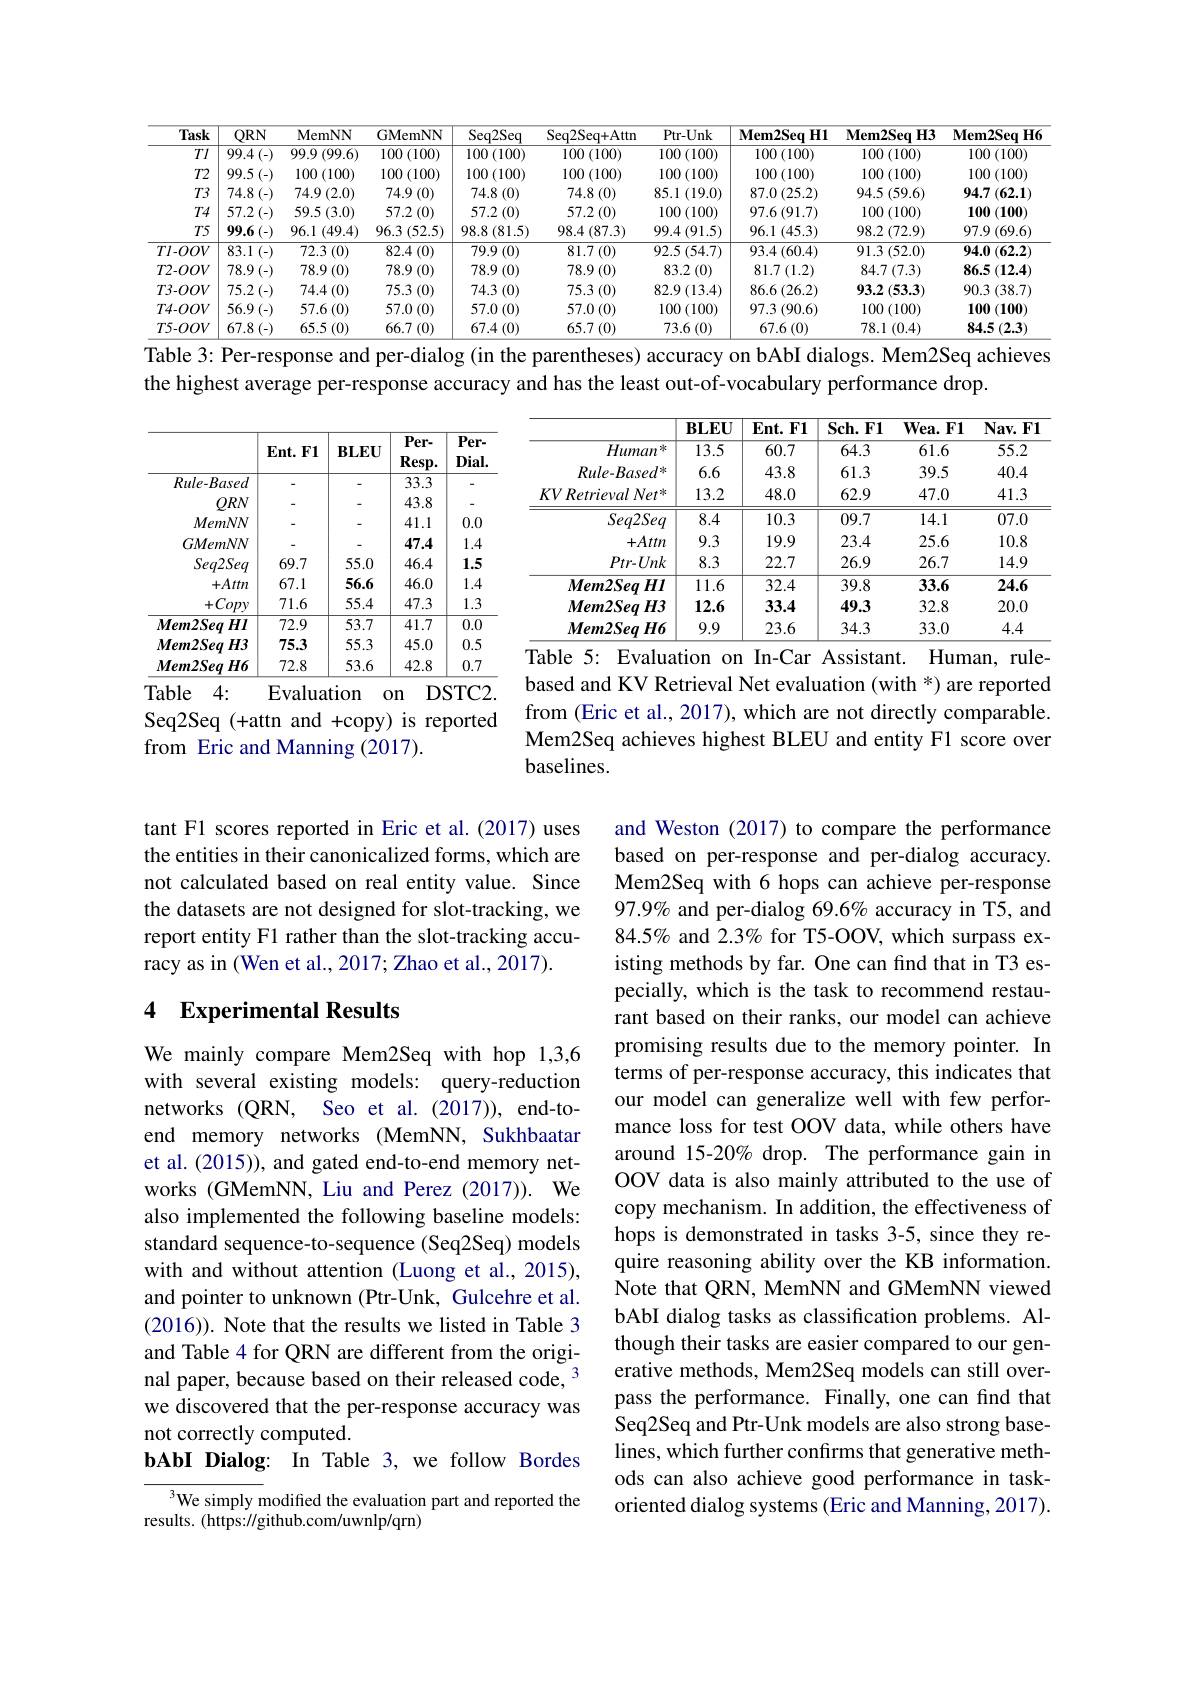
<table>
	<tbody>
		<tr>
			<th>Task</th>
			<th>$ORN$</th>
			<th>$\mathbf{MemNN}$</th>
			<th>GMemNN</th>
			<th>Seq2Seq</th>
			<th>Seq2Seq+ Attn</th>
			<th>Ptr- Unk</th>
			<th>$\mathbf{Mem2Seq}$ $H1$</th>
			<th>$\mathbf{Mem2Seq}$ $H3$</th>
			<th>$\mathbf{Mem2Seq}$ $H6$</th>
		</tr>
		<tr>
			<td>$TI$</td>
			<td>99.4(-)</td>
			<td>99.9 (99.6)</td>
			<td>$100\left(100\right)$</td>
			<td>$100\left(100\right)$</td>
			<td>$100\left(100\right)$</td>
			<td>$100\left(100\right)$</td>
			<td>$100\left(100\right)$</td>
			<td>$100\left(100\right)$</td>
			<td>$100\left(100\right)$</td>
		</tr>
		<tr>
			<td>$T2$</td>
			<td>99.5</td>
			<td>100 1(100)</td>
			<td>$100\left(100\right)$</td>
			<td>100 1(100)</td>
			<td>$100\left(100\right)$</td>
			<td>$100\left(100\right)$</td>
			<td>$100\left(100\right)$</td>
			<td>$100\left(100\right)$</td>
			<td>$100\left(100\right)$ 1</td>
		</tr>
		<tr>
			<td>$T3$</td>
			<td>74.8</td>
			<td>$74.9\left(2.0\right)$</td>
			<td>74.9 (0)</td>
			<td>74.8 (0)</td>
			<td>74.8 (0)</td>
			<td>85.1(19.0)</td>
			<td>$87.0\left(25.2\right)$</td>
			<td>$94.5\left(59.6\right)$</td>
			<td>$94.7\left(62.1\right)$</td>
		</tr>
		<tr>
			<td>$T4$</td>
			<td>57.2</td>
			<td>$59.5\left(3.0\right)$</td>
			<td>57.2 (0)</td>
			<td>57.2 (0)</td>
			<td>$57.2\left(0\right)$</td>
			<td>$100\left(100\right)$</td>
			<td>$97.6\left(91.7\right)$</td>
			<td>$100\left(100\right)$</td>
			<td>100(100) 1</td>
		</tr>
		<tr>
			<td>$T5$</td>
			<td>99.6(-)</td>
			<td>96.1(49.4)</td>
			<td>96.3 (52.5)</td>
			<td>$98.8\left(81.5\right)$</td>
			<td>$98.4\left(87.3\right)$</td>
			<td>$99.4\left(91.5\right)$</td>
			<td>96.1 (45.3)</td>
			<td>$98.2\left(72.9\right)$</td>
			<td>$97.9\left(69.6\right)$</td>
		</tr>
		<tr>
			<td>$Tl-OOV$</td>
			<td>83.1</td>
			<td>72.3 (0)</td>
			<td>82.4 (0)</td>
			<td>$79.9\left(0\right)$</td>
			<td>$81.7\left(0\right)$</td>
			<td>$92.5\left(54.7\right)$</td>
			<td>$93.4\left(60.4\right)$</td>
			<td>91.3 (52.0)</td>
			<td>94.0 (62.2)</td>
		</tr>
		<tr>
			<td>$T2-OOV$</td>
			<td>78.9(-)</td>
			<td>$78.9\left(0\right)$</td>
			<td>$78.9\left(0\right)$</td>
			<td>$78.9\left(0\right)$</td>
			<td>$78.9\left(0\right)$</td>
			<td>$83.2\left(0\right)$</td>
			<td>$81.7\left(1.2\right)$</td>
			<td>$84.7\left(7.3\right)$</td>
			<td>$86.5\left(12.4\right)$</td>
		</tr>
		<tr>
			<td>$T3-OOV$</td>
			<td>75.2</td>
			<td>$74.4\left(0\right)$</td>
			<td>75.3 (0)</td>
			<td>74.3 (0)</td>
			<td>75.3 (0)</td>
			<td>$82.9\left(13.4\right)$</td>
			<td>$86.6\left(26.2\right)$</td>
			<td>$93.2\left(53.3\right)$</td>
			<td>90.3 (38.7)</td>
		</tr>
		<tr>
			<td>$T4-OOV$</td>
			<td>56.9</td>
			<td>57.6 (0) 1</td>
			<td>57.0 (0)</td>
			<td>$57.0\left(0\right)$</td>
			<td>$57.0\left(0\right)$</td>
			<td>$100\left(100\right)$</td>
			<td>97.3 (90.6)</td>
			<td>$100\left(100\right)$</td>
			<td>100(100) 1</td>
		</tr>
		<tr>
			<td>$T5-OOV$</td>
			<td>67.8</td>
			<td>65.5 ( (0)</td>
			<td>66.7 (0)</td>
			<td>$67.4\left(0\right)$</td>
			<td>$65.7\left(0\right)$</td>
			<td>73.6 (0)</td>
			<td>67.6 (0)</td>
			<td>78.1 (0.4)</td>
			<td>$84.5\left(2.3\right)$</td>
		</tr>
	</tbody>
</table>
Table 3: Per-response and per-dialog (in the parentheses) accuracy on bAbI dialogs. Mem2Seq achieves

the highest average per-response accuracy and has the least out-of-vocabulary performance drop.

<table>
	<tbody>
		<tr>
			<th> </th>
			<th>$\mathbf{BLEU}$</th>
			<th>$\mathbf{Ent.F1}$</th>
			<th>$\mathbf{Sch.F1}$</th>
			<th>$\mathbf{Wea.F1}$</th>
			<th>$\mathbf{Nav.FI}$</th>
		</tr>
		<tr>
			<td>$Human^{*}$</td>
			<td>13.5</td>
			<td>60.7</td>
			<td>64.3</td>
			<td>61.6</td>
			<td>55.2</td>
		</tr>
		<tr>
			<td>$Rule-Based^{*}$</td>
			<td>6.6</td>
			<td>43.8</td>
			<td>61.3</td>
			<td>39.5</td>
			<td>40.4</td>
		</tr>
		<tr>
			<td>$KVRetrievalNet^{*}$</td>
			<td>13.2</td>
			<td>48.0</td>
			<td>62.9</td>
			<td>47.0</td>
			<td>41.3</td>
		</tr>
		<tr>
			<td>$Seq2Seq$</td>
			<td>8.4</td>
			<td>10.3</td>
			<td>09.7</td>
			<td>14.1</td>
			<td>07.0</td>
		</tr>
		<tr>
			<td>$+Attn$</td>
			<td>9.3</td>
			<td>19.9</td>
			<td>23.4</td>
			<td>25.6</td>
			<td>10.8</td>
		</tr>
		<tr>
			<td>$Ptr-Unk$</td>
			<td>8.3</td>
			<td>22.7</td>
			<td>26.9</td>
			<td>26.7</td>
			<td>14.9</td>
		</tr>
		<tr>
			<td>$Mem2SeqHI$</td>
			<td>11.6</td>
			<td>32.4</td>
			<td>39.8</td>
			<td>33.6</td>
			<td>24.6</td>
		</tr>
		<tr>
			<td>$Mem2Seq$ $IH3$ 1</td>
			<td>12.6</td>
			<td>33.4</td>
			<td>49.3</td>
			<td>32.8</td>
			<td>20.0</td>
		</tr>
		<tr>
			<td>$Mem2Seq$ $qH6$</td>
			<td>9.9</td>
			<td>23.6</td>
			<td>34.3</td>
			<td>33.0</td>
			<td>4.4</td>
		</tr>
	</tbody>
</table>
Table 5: Evaluation on In-Car Assistant
Human, rule-

<table>
	<tbody>
		<tr>
			<th> </th>
			<th>$\mathbf{Ent.F1}$</th>
			<th>$\mathbf{BLEU}$</th>
			<th>$Per.$ $Resp.$</th>
			<th>$Per-$ Dial</th>
		</tr>
		<tr>
			<td>$Rule-Based$</td>
			<td> </td>
			<td> </td>
			<td>33.3</td>
			<td>-</td>
		</tr>
		<tr>
			<td>$QRN$</td>
			<td> </td>
			<td>-</td>
			<td>43.8</td>
			<td>-</td>
		</tr>
		<tr>
			<td>MemNN</td>
			<td> </td>
			<td>-</td>
			<td>41.1</td>
			<td>0.0</td>
		</tr>
		<tr>
			<td>GMemNN</td>
			<td> </td>
			<td> </td>
			<td>47.4</td>
			<td>1.4</td>
		</tr>
		<tr>
			<td>$Seq2Seq$</td>
			<td>69.7</td>
			<td>55.0</td>
			<td>46.4</td>
			<td>1.5</td>
		</tr>
		<tr>
			<td>$+Attn$</td>
			<td>67.1</td>
			<td>56.6</td>
			<td>46.0</td>
			<td>1.4</td>
		</tr>
		<tr>
			<td>$+Copy$</td>
			<td>71.6</td>
			<td>55.4</td>
			<td>47.3</td>
			<td>1.3</td>
		</tr>
		<tr>
			<td>$Mem2Seq$ $HI$ T</td>
			<td>72.9</td>
			<td>53.7</td>
			<td>41.7</td>
			<td>0.0</td>
		</tr>
		<tr>
			<td>$Mem2Seq$ $H3$</td>
			<td>75.3</td>
			<td>55.3</td>
			<td>45.0</td>
			<td>0.5</td>
		</tr>
		<tr>
			<td>$Mem2Seq$ $H6$</td>
			<td>72.8</td>
			<td>53.6</td>
			<td>42.8</td>
			<td>0.7</td>
		</tr>
	</tbody>
</table>
Table 4:
Evaluation on DSTC2.

based and KV Retrieval Net evaluation (with *) are reported from (Eric et al., 2017), which are not directly comparable. Mem2Seq achieves highest BLEU and entity F1 score over baselines.

Seq2Seq (+attn and +copy) is reported
from Eric and Manning (2017).

tant F1 scores reported in Eric et al.(2017) uses the entities in their canonicalized forms, which are not calculated based on real entity value. Since the datasets are not designed for slot-tracking, we report entity F1 rather than the slot-tracking accuracy as in (Wen et al., 2017; Zhao et al., 2017).

### 4 Experimental Results

and Weston (2017) to compare the performance based on per-response and per-dialog accuracy. Mem2Seq with 6 hops can achieve per-response 97.9% and per-dialog 69.6% accuracy in T5, and $84.5\%$ and 2.3% for T5-OOV, which surpass existing methods by far. One can find that in T3 especially, which is the task to recommend restaurant based on their ranks, our model can achieve promising results due to the memory pointer. In terms of per-response accuracy, this indicates that our model can generalize well with few performance loss for test OOV data, while others have around 15-20% drop. The performance gain in OOV data is also mainly attributed to the use of copy mechanism. In addition, the effectiveness of hops is demonstrated in tasks 3-5, since they require reasoning ability over the KB information. Note that QRN, MemNN and GMemNN viewed bAbI dialog tasks as classification problems. Although their tasks are easier compared to our generative methods, Mem2Seq models can still overpass the performance. Finally, one can find that Seq2Seq and Ptr-Unk models are also strong baselines, which further confirms that generative methods can also achieve good performance in taskoriented dialog systems (Eric and Manning, 2017).

We mainly compare Mem2Seq with hop 1,3,6 with several existing models: query-reduction networks (QRN, Seo et al. (2017)), end-toend memory networks (MemNN, Sukhbaatar et al. (2015)), and gated end-to-end memory networks (GMemNN, Liu and Perez (2017)). We also implemented the following baseline models: standard sequence-to-sequence (Seq2Seq) models with and without attention (Luong et al., 2015), and pointer to unknown (Ptr-Unk, Gulcehre et al. (2016)). Note that the results we listed in Table 3 and Table 4 for QRN are different from the original paper, because based on their released code, 3 we discovered that the per-response accuracy was not correctly computed.
bAbI Dialog: In Table 3, we follow Bordes

${\overline{{^3}\text{We simply }}}$modified the evaluation part and reported the
results. (https://github.com/uwnlp/qrn)